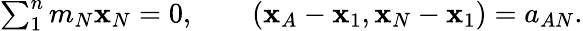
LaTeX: \begin{array}{r}{\sum_{1}^{n}m_{N}{\mathbf x}_{N}=0,\qquad({\mathbf x}_{A}-{\mathbf x}_{1},{\mathbf x}_{N}-{\mathbf x}_{1})=a_{AN}.}\end{array}